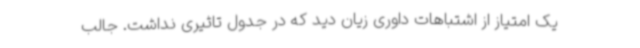
یک امتیاز از اشتباهات داوری زیان دید که در جدول تاثیری نداشت. جالب